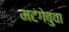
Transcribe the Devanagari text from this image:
मटंगेबुवा